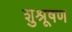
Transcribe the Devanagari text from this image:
शुश्रूषण